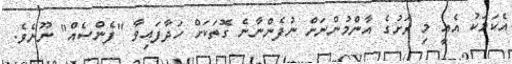
އެކަމަކު އެއީ މި ރަށުގެ އާންމުންނަށް ނުފެންނާނެ ގޮތަކަށް ހަދާފައިވާ "ފެންސެއް" ނޫނެވެ.